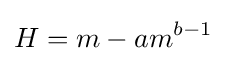
H=m-am^{b-1}